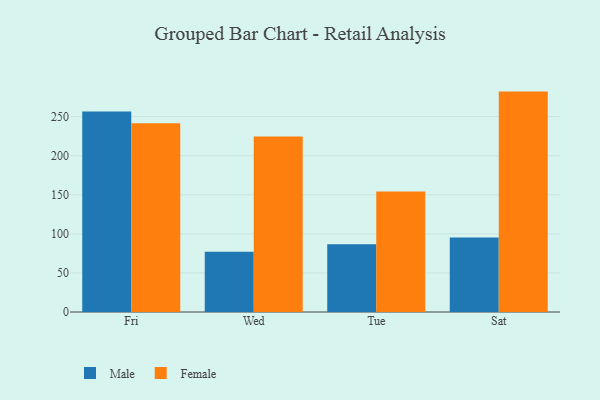
{"axis": {"x": "Day", "y": "Humidity (%)"}, "legend": ["Female", "Male"], "data": [{"x": "Fri", "y": 256.4, "type": "Male"}, {"x": "Fri", "y": 241.5, "type": "Female"}, {"x": "Wed", "y": 77.0, "type": "Male"}, {"x": "Wed", "y": 224.4, "type": "Female"}, {"x": "Tue", "y": 86.7, "type": "Male"}, {"x": "Tue", "y": 154.1, "type": "Female"}, {"x": "Sat", "y": 95.3, "type": "Male"}, {"x": "Sat", "y": 282.0, "type": "Female"}]}